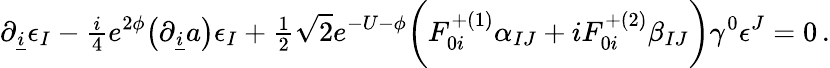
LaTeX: \partial_{\underline{{i}}}\epsilon_{I}-{\textstyle\frac{i}{4}}e^{2\phi}\bigl(\partial_{\underline{{i}}}a\bigr)\epsilon_{I}+{\textstyle\frac{1}{2}}\sqrt 2e^{-U-\phi}\biggl(F_{0i}^{+(1)}\alpha_{IJ}+iF_{0i}^{+(2)}\beta_{IJ}\biggr)\gamma^{0}\epsilon^{J}=0\, .